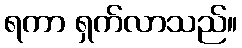
ရကာ ရှက်လာသည်။